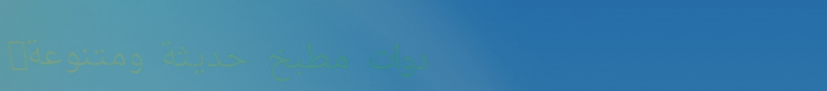
أدوات مطبخ حديثة ومتنوعة: